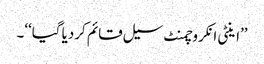
’’اینٹی انکروچمنٹ سیل قائم کردیا گیا‘‘۔